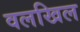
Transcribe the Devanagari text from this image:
वलखिल